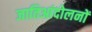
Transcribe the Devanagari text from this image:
जातिआंदोलनों